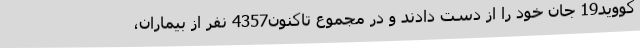
کووید19 جان خود را از دست دادند و در مجموع تاکنون4357 نفر از بیماران،